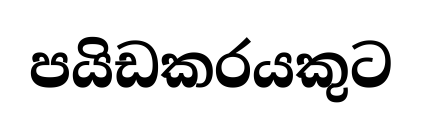
පයිඩකරයකුට